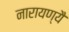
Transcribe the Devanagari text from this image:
नारायण्यै